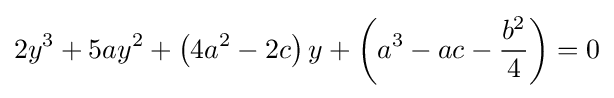
2y^{3}+5ay^{2}+\left(4a^{2}-2c\right)y+\left(a^{3}-ac-{\frac {b^{2}}{4}}\right)=0